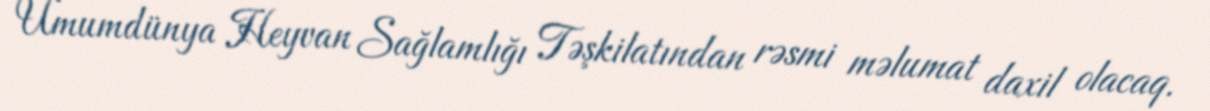
Ümumdünya Heyvan Sağlamlığı Təşkilatından rəsmi məlumat daxil olacaq.